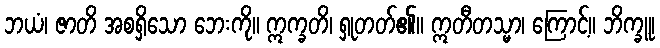
ဘယံ၊ ဇာတိ အစရှိသော ဘေးကို။ ဣက္ခတိ၊ ရှုတတ်၏။ ဣတီတသ္မာ၊ ကြောင့်။ ဘိက္ခူ၊